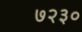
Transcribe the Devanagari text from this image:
७२३०